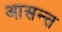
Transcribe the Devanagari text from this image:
आसन्त